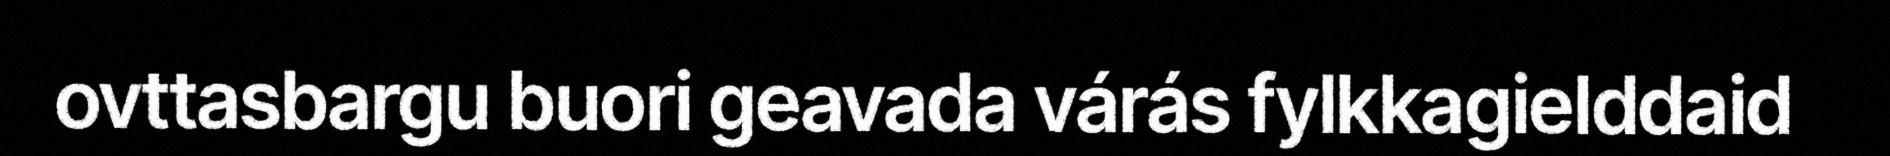
ovttasbargu buori geavada várás fylkkagielddaid